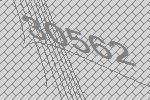
30562